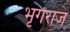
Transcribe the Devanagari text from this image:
भृगराज